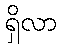
ရှိလာ